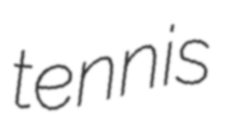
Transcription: tennis